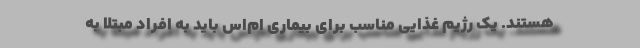
هستند. یک رژیم غذایی مناسب برای بیماری ام‌اس باید به افراد مبتلا به